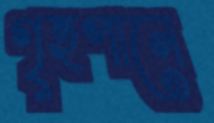
গৃহপানে